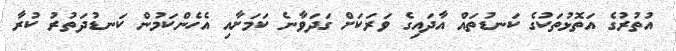
އުތުރުގެ އަތޮޅުތަކުގެ ކަނޑުތައް އާދައިގެ ވަރަކަށް ގަދަވާނެ ކަމަށާއި އެހެންކަމުން ކަނޑުދަތުރު ކުރާ